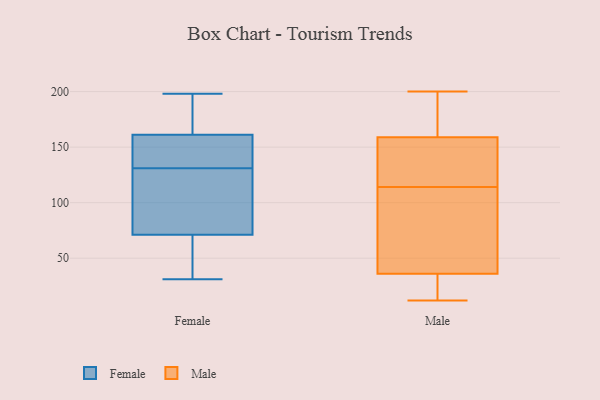
{"axis": {"x": "Waste Production (Tons)", "y": "Value"}, "legend": ["Female", "Male"], "data": [{"x": "", "y": 54, "type": "Female"}, {"x": "", "y": 170, "type": "Female"}, {"x": "", "y": 117, "type": "Female"}, {"x": "", "y": 128, "type": "Female"}, {"x": "", "y": 168, "type": "Female"}, {"x": "", "y": 159, "type": "Female"}, {"x": "", "y": 31, "type": "Female"}, {"x": "", "y": 169, "type": "Female"}, {"x": "", "y": 198, "type": "Female"}, {"x": "", "y": 71, "type": "Female"}, {"x": "", "y": 71, "type": "Female"}, {"x": "", "y": 131, "type": "Female"}, {"x": "", "y": 139, "type": "Female"}, {"x": "", "y": 41, "type": "Female"}, {"x": "", "y": 146, "type": "Female"}, {"x": "", "y": 86, "type": "Female"}, {"x": "", "y": 145, "type": "Female"}, {"x": "", "y": 174, "type": "Male"}, {"x": "", "y": 120, "type": "Male"}, {"x": "", "y": 198, "type": "Male"}, {"x": "", "y": 200, "type": "Male"}, {"x": "", "y": 83, "type": "Male"}, {"x": "", "y": 36, "type": "Male"}, {"x": "", "y": 39, "type": "Male"}, {"x": "", "y": 13, "type": "Male"}, {"x": "", "y": 159, "type": "Male"}, {"x": "", "y": 21, "type": "Male"}, {"x": "", "y": 111, "type": "Male"}, {"x": "", "y": 12, "type": "Male"}, {"x": "", "y": 186, "type": "Male"}, {"x": "", "y": 41, "type": "Male"}, {"x": "", "y": 155, "type": "Male"}, {"x": "", "y": 132, "type": "Male"}, {"x": "", "y": 117, "type": "Male"}, {"x": "", "y": 24, "type": "Male"}]}